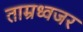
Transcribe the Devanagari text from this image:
ताम्रध्वजर